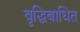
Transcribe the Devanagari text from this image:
वृद्धिबाधित